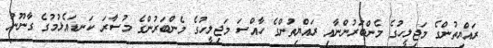
ރައްޔިތުންގެ މަޖިލީހުގެ މެންބަރުންނާއި ރައްޔިތުންގެ ހާއްސަ މަޖިލީހުގެ މެންބަރުންގެ މުސާރަ ކަނޑައެޅުމުގެ ގާނޫނު